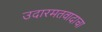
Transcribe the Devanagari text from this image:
उदारमतवादाचा